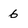
Character: 6